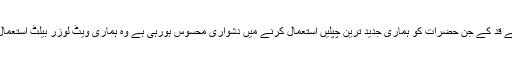
’’چھوٹے قد کے جن حضرات کو ہماری جدید ترین چپلیں استعمال کرنے میں دشواری محسوس ہورہی ہے وہ ہماری ویٹ لوزر بیلٹ استعمال کریں۔